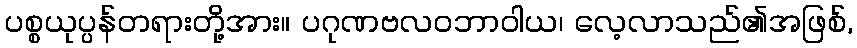
ပစ္စယုပ္ပန်တရားတို့အား။ ပဂုဏဗလဝဘာဝါယ၊ လေ့လာသည်၏အဖြစ်,